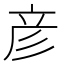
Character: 彦